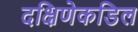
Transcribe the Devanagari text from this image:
दक्षिणेकडिल